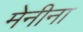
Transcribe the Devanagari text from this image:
मेनीना